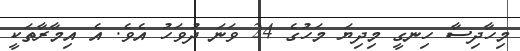
މިހާދިސާ ހިނގީ މިދިޔަ މަހުގެ 24 ވަނަ ދުވަހު އެވެ. އެ އިމާރާތަކީ